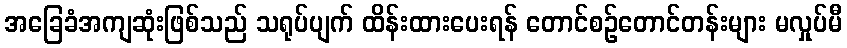
အခြေခံအကျဆုံးဖြစ်သည် သရုပ်ပျက် ထိန်းထားပေးရန် တောင်စဉ်တောင်တန်းများ မလှုပ်မီ